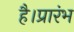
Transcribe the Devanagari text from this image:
है।प्रारंभ